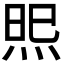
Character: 𭴫